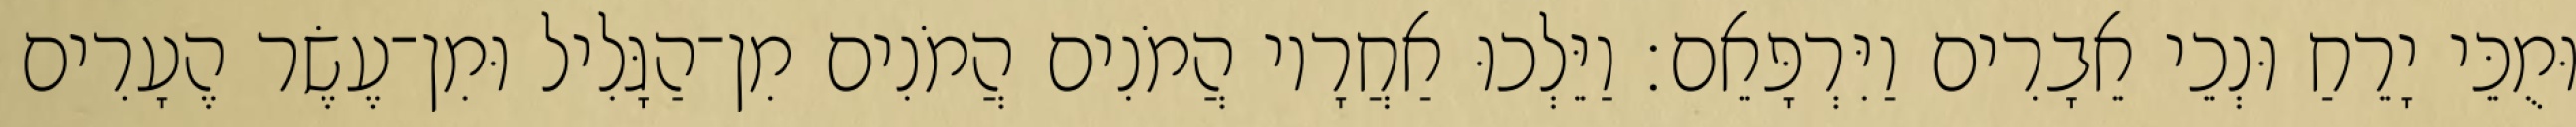
וּמֻכֵּי יָרֵחַ וּנְכֵי אֵבָרִים וַיִּרְפָּאֵם׃ וַיֵּלְכוּ אַחֲרָיו הֲמֹנִים הֲמֹנִים מִן־הַגָּלִיל וּמִן־עֶשֶׂר הֶעָרִים